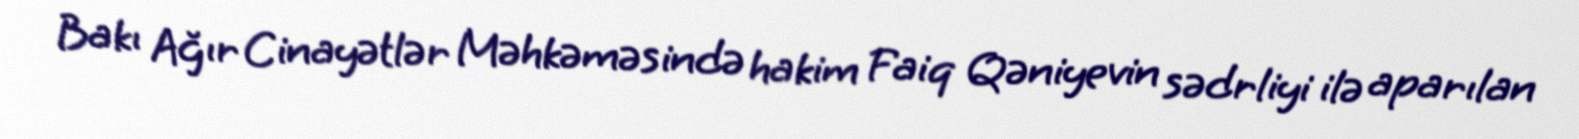
Bakı Ağır Cinayətlər Məhkəməsində hakim Faiq Qəniyevin sədrliyi ilə aparılan